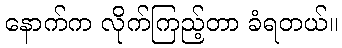
နောက်က လိုက်ကြည့်တာ ခံရတယ်။